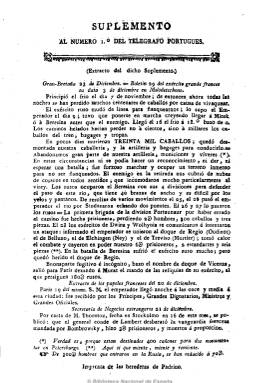
Título: Telégrafo portugués
Colección: Periódicos anteriores a 1850
Ámbito geográfico: Sevilla
Lugar de publicación: Sevilla
Fechas: 01/02/1813-13/02/1813

Probablemente se trate de la traducción, extracto y edición en Sevilla del periódico lisboeta del mismo título, de carácter antifrancés. La colección de la Biblioteca Nacional de España consta de un “Suplemento al nº 1º del Telégrafo portugués (extracto del dicho suplemento)”, salido de la Imprenta de la Herederas de Padrino, en una hoja, con noticias bélicas del ejército napoleónico y el ruso, datada en Londres y correspondientes a las últimas semanas del año 1812. Así como el número 3, correspondiente al 13 de febrero de 1813, de cuatro páginas, estampado en la imprenta de la calle Vizcaynos, a cargo de Anastasio López, con noticias del mismo tipo datadas en Lisboa, Londres, Berlín, Moscú, Santiago y Oviedo, extractadas a su vez de otros periódicos europeos. Es de reseñar aquí la gran competencia que en esos momentos existía en la ciudad hispalense para publicar papeles, ya que había una veintena de imprentas, el gran movimiento periodístico existente y el interés por conocer noticias sobre la invasión francesa de Europa y, en concreto, de España. Se desconoce si siguió publicándose.